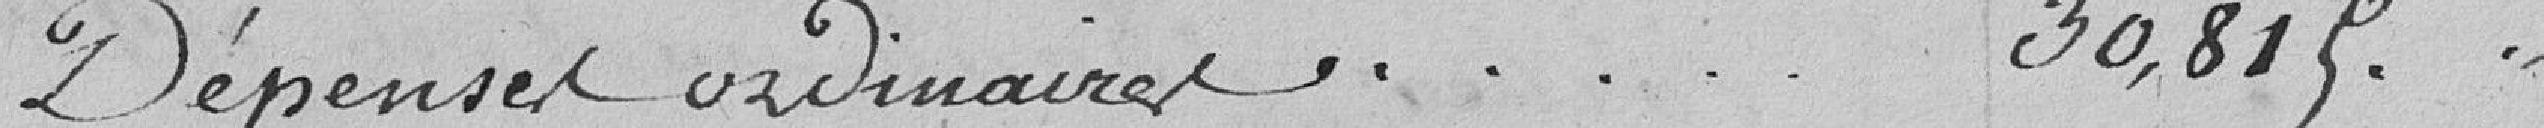
Dépenses ordinaires  30,815